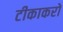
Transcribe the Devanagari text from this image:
टीकाकरों